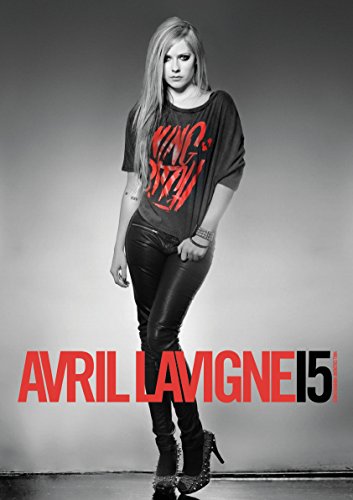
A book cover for Avril Lavigne 2015 Calendar; Avril Lavigne; Calendars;